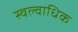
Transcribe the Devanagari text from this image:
स्वल्वाधिक